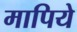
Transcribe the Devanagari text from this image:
मापिये